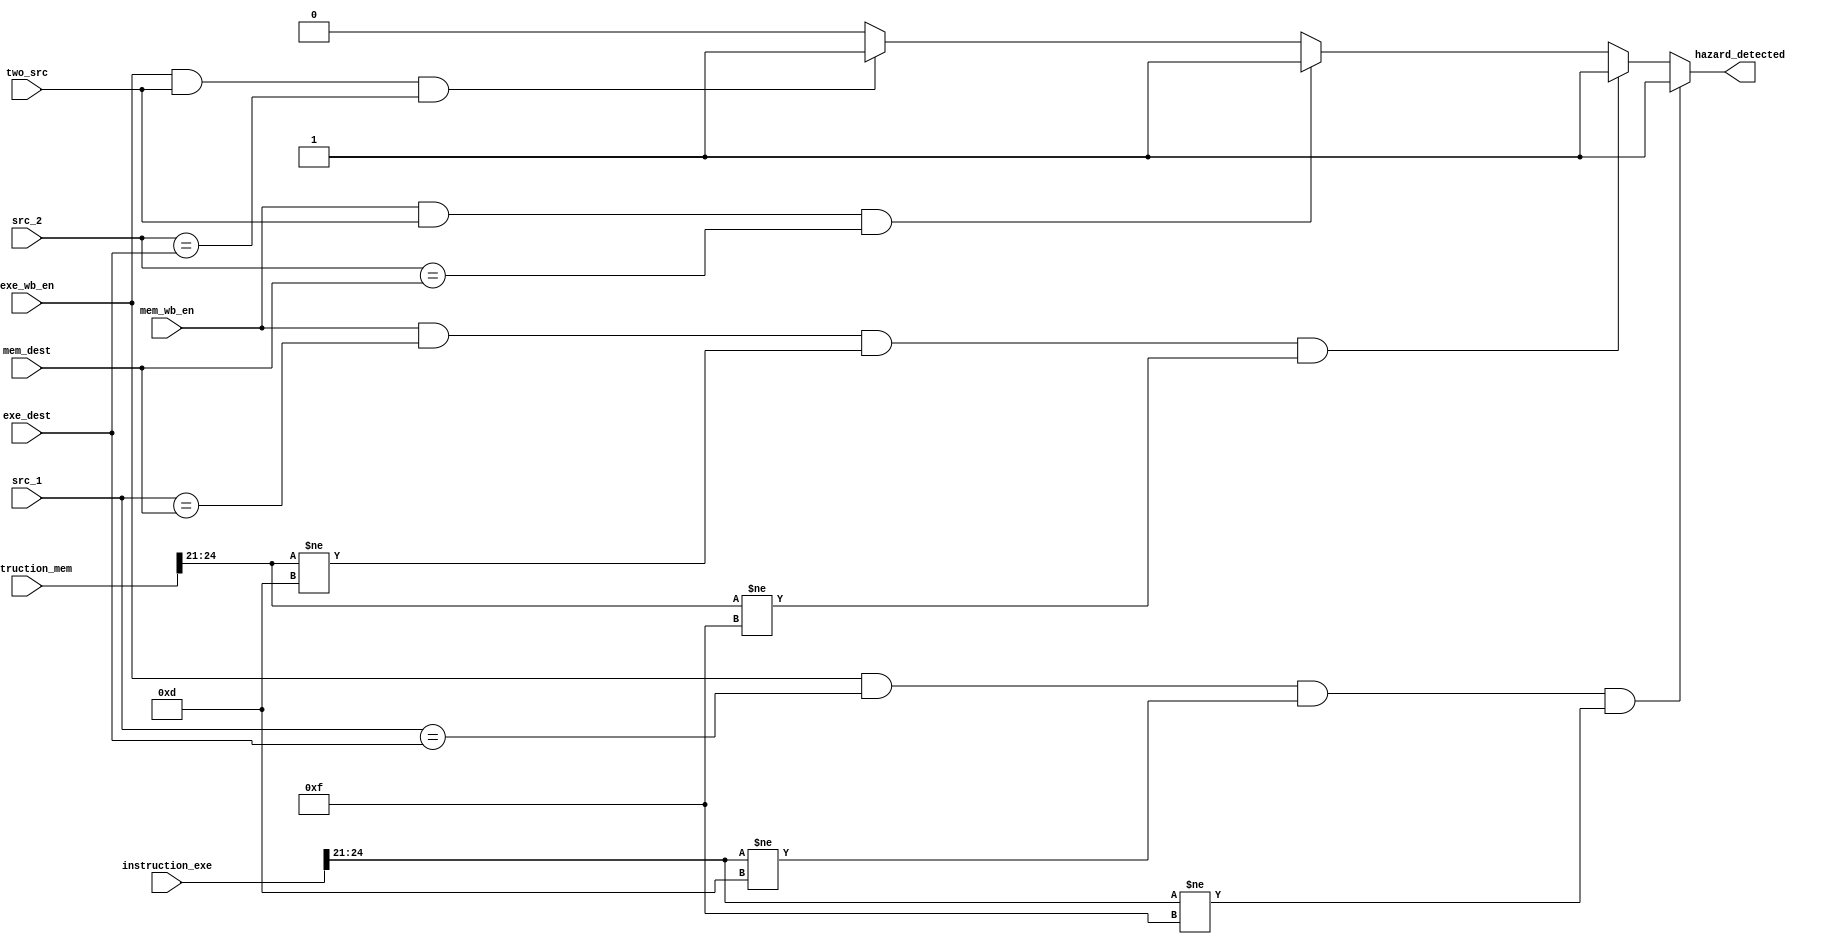

module Hazard_Detection_Unit (src_1, src_2, exe_dest, exe_wb_en, mem_dest, mem_wb_en, two_src, hazard_detected,
				instruction_exe, instruction_mem);

	input exe_wb_en;
	input [3:0] src_1, src_2, exe_dest, mem_dest;
	input [31:0] instruction_exe, instruction_mem;
	input mem_wb_en, two_src;
	wire [3:0] op_code_exe, op_code_mem;
	output reg hazard_detected;

	assign op_code_exe = instruction_exe[24:21];
  	assign op_code_mem = instruction_mem[24:21];

	always @ (*) begin
		hazard_detected = 1'b0;
		if (exe_wb_en && (src_1 == exe_dest) && (op_code_exe != 4'b1101) && (op_code_exe != 4'b1111)) hazard_detected = 1'b1;
       		else if (mem_wb_en && (src_1 == mem_dest) && (op_code_mem != 4'b1101) && (op_code_mem != 4'b1111)) hazard_detected = 1'b1;
        	else if (mem_wb_en && two_src && (src_2 == mem_dest)) hazard_detected = 1'b1;
        	else if (exe_wb_en && two_src && (src_2 == exe_dest))  hazard_detected = 1'b1;
        end
endmodule